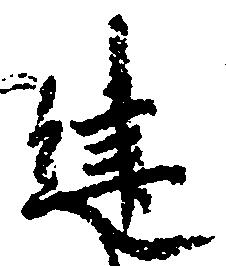
建